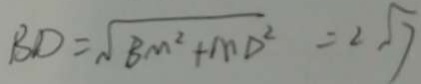
B D = \sqrt { B M ^ { 2 } + M D ^ { 2 } } = 2 \sqrt { 7 }